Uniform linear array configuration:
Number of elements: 16
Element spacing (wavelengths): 0.5
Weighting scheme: blackman
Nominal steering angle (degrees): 45
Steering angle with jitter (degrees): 43.135
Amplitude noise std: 0.05
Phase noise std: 0.05

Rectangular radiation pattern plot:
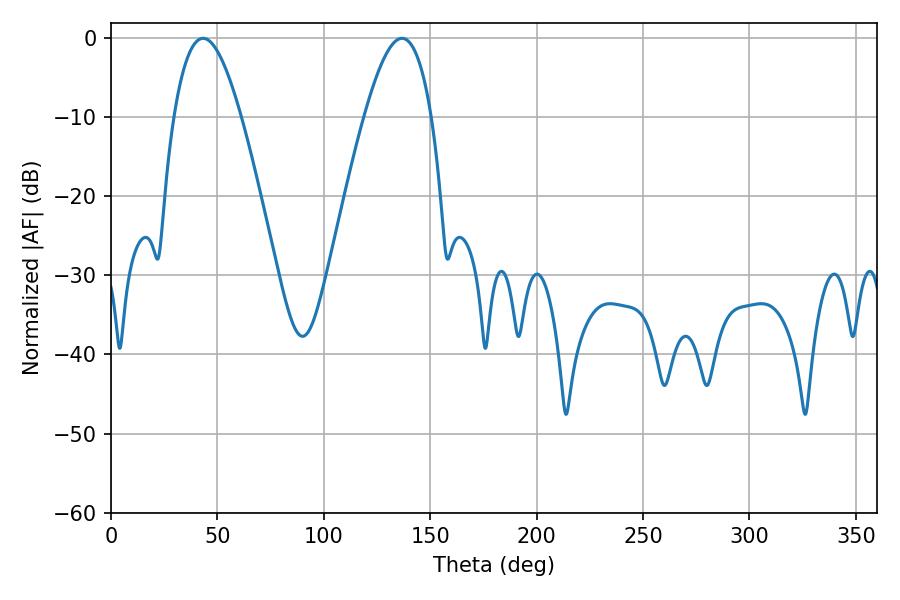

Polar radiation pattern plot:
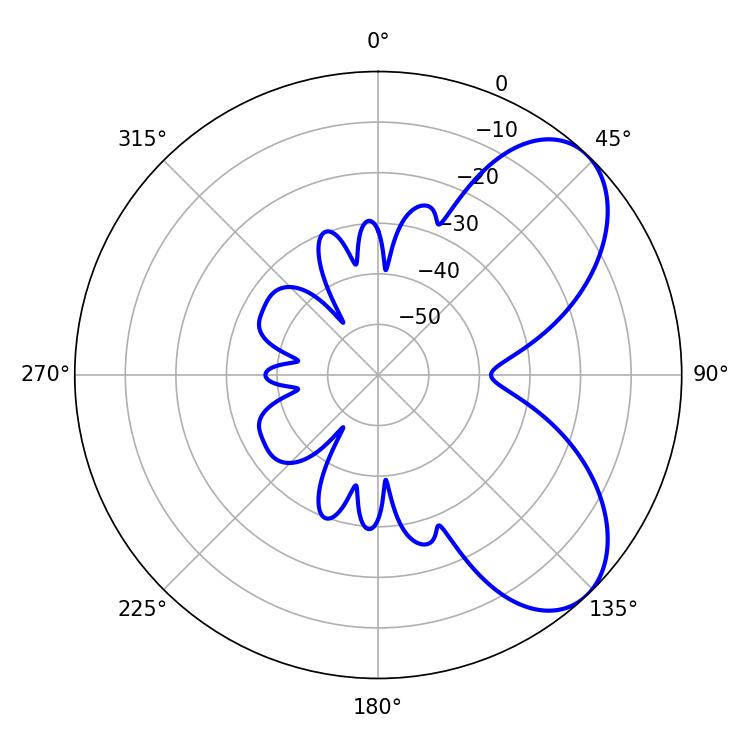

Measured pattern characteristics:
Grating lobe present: FALSE
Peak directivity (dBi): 6.474
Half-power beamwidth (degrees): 17.1
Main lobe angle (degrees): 136.8